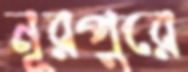
নূরপুরে